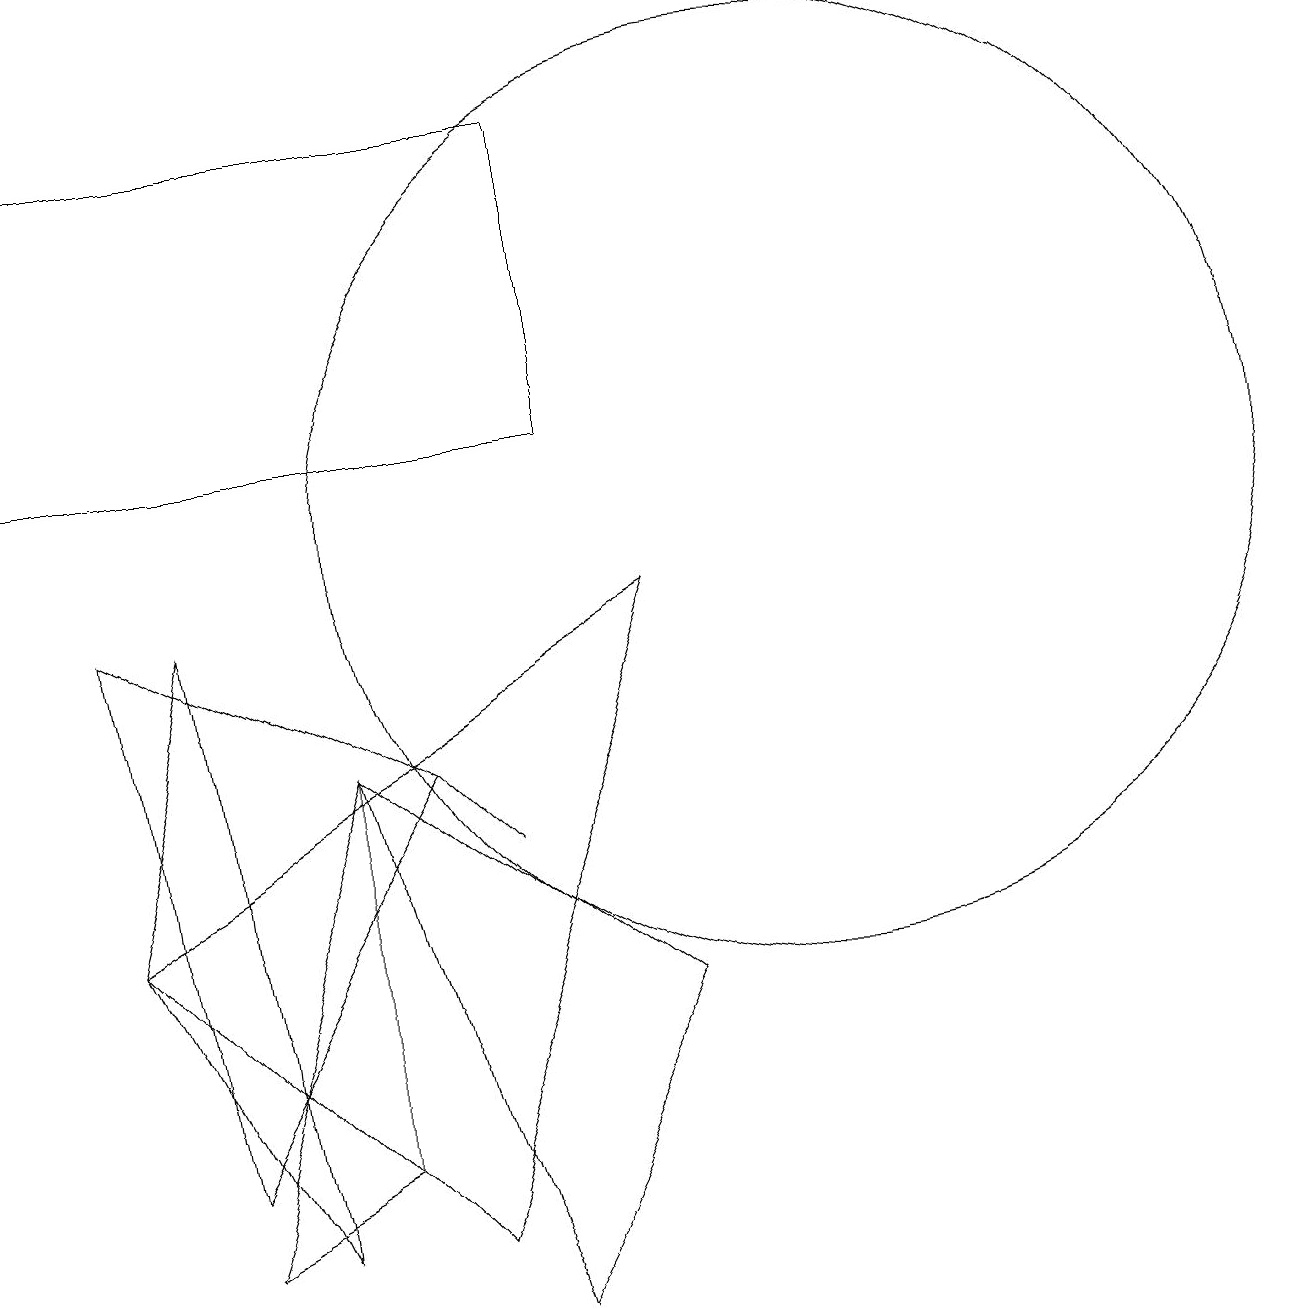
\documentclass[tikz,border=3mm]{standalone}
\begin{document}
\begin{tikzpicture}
\draw (2,2) -- (5,7) -- (1,9) -- cycle;
\draw (8,9) -- (5,1) -- (1,5) -- cycle;
\draw (4,7) -- (6,0) -- (8,4) -- cycle;
\draw (5,7) -- (5,7) -- (6,6) -- cycle;
\draw (10,10) circle (6);
\draw (2,1) -- (4,2) -- (4,7) -- cycle;
\draw (7,15) rectangle (0,11);
\draw (2,9) -- (1,5) -- (3,1) -- cycle;
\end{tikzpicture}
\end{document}